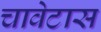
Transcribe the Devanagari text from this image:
चावेटास